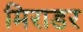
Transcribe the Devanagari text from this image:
मिराडर